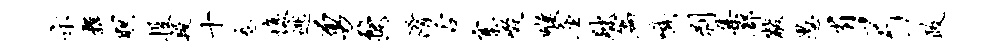
示舞暝投段十卷愎逃勇婺淆舌寨啜喉座黜篇嗾剥集部黻愚省弓政